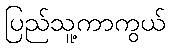
ပြည်သူ့ကာကွယ်